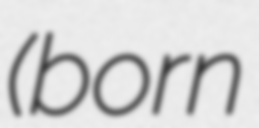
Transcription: (born